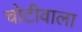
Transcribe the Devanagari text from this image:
चोटीवाला